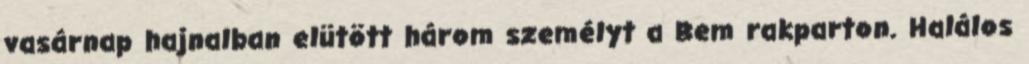
vasárnap hajnalban elütött három személyt a Bem rakparton. Halálos